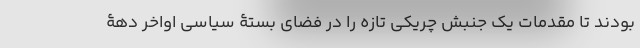
بودند تا مقدمات یک جنبش چریکی تازه را در فضای بستۀ سیاسی اواخر دهۀ